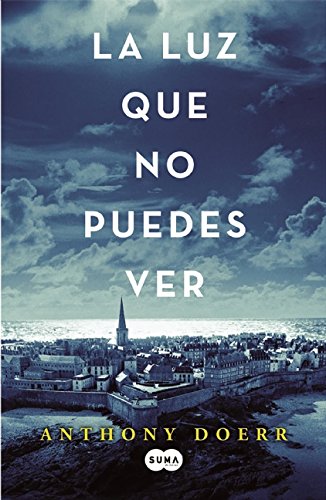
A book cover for La luz que no puedes ver (Spanish Edition); Anthony Doerr; Literature & Fiction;